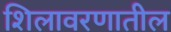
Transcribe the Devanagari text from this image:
शिलावरणातील